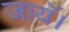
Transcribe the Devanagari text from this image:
जायॅ।